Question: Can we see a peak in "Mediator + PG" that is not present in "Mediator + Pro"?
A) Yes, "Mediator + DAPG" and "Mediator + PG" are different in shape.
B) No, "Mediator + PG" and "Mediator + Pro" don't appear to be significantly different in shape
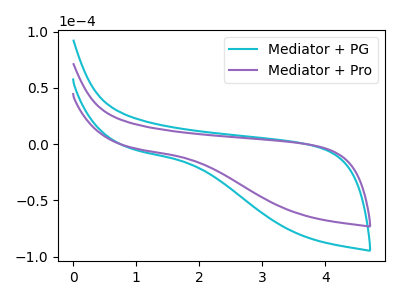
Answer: <think>The cyan curve "Mediator + PG" has no peaks. The purple curve "Mediator + Pro" has no peaks.
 Neither "Mediator + PG" or "Mediator + Pro" have any peaks.</think>
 <answer>B) No, "Mediator + PG" and "Mediator + Pro" don't appear to be significantly different in shape</answer>
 <eval>B</eval>